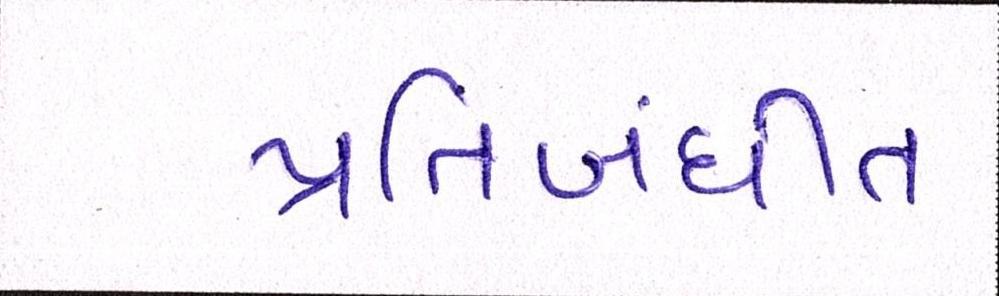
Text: પ્રતિબંધીત